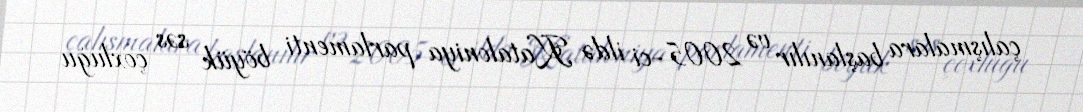
çalışmalara başlanılır və 2005-ci ildə Kataloniya parlamenti böyük səs çoxluğu